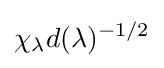
\chi _{\lambda }d(\lambda )^{-1/2}